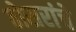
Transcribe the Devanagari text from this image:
ठोसरांचे